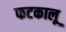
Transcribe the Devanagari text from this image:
फटकालू